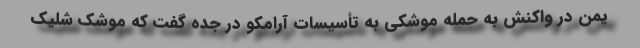
یمن در واکنش به حمله موشکی به تأسیسات آرامکو در جده گفت که موشک شلیک